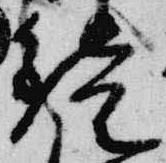
鏡